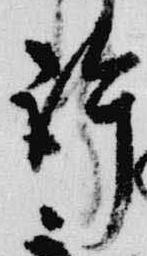
許